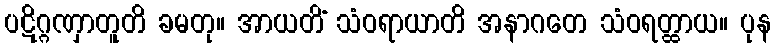
ပဋိဂ္ဂဏှာတူတိ ခမတု။ အာယတိံ သံဝရာယာတိ အနာဂတေ သံဝရတ္ထာယ။ ပုန